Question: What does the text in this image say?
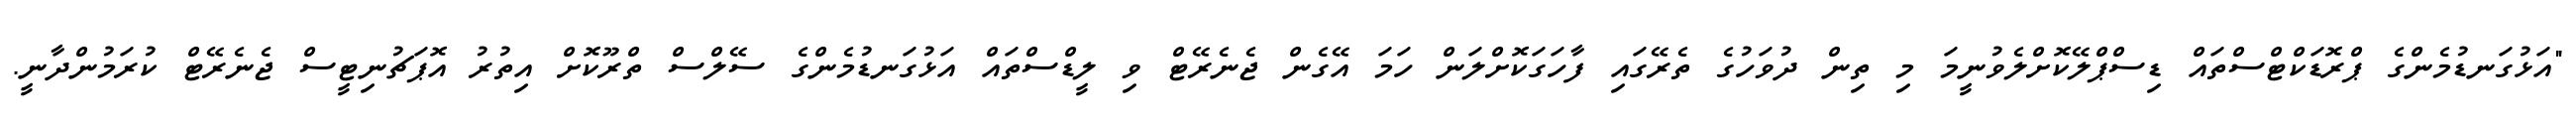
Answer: "އަޅުގަނޑުމެންގެ ޕްރޮޑަކްޓްސްތައް ޑިސްޕްލޭކޮށްލެވުނީމަ މި ތިން ދުވަހުގެ ތެރޭގައި ފާހަގަކޮށްލަން ހަމަ އޭގެން ޖެނެރޭޓް ވި ލީޑްސްތައް އަޅުގަނޑުމެންގެ ސޭލްސް ތްރޫކޮށް އިތުރު އޮޕަޗުނިޓީސް ޖެނެރޭޓް ކުރަމުންދާނީ.